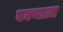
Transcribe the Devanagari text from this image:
एल्याज़